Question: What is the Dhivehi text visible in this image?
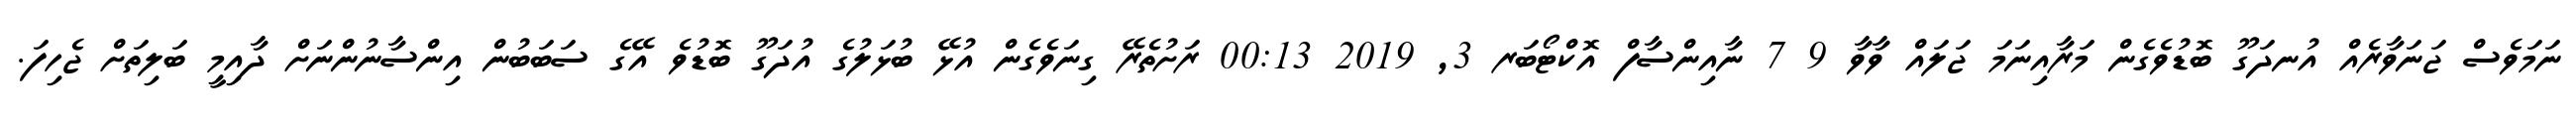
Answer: ނަމަވެސް ޖަނަވާރެއް އުނދަގޫ ބޮޑުވެގެން މަރާއިނަމަ ޖަލައް ވާވާ 9 7 ނާއިންސާފް އޮކްޓޯބަރ 3, 2019 00:13 ރަށުތެރޭ ގިނަވެގެން އުޅޭ ބުޅަލުގެ އުދަގޫ ބޮޑުވެ އޭގެ ސަބަބުން އިންސާނުންނަށް ދާއިމީ ބަލިތަށް ޖެހިފަ.